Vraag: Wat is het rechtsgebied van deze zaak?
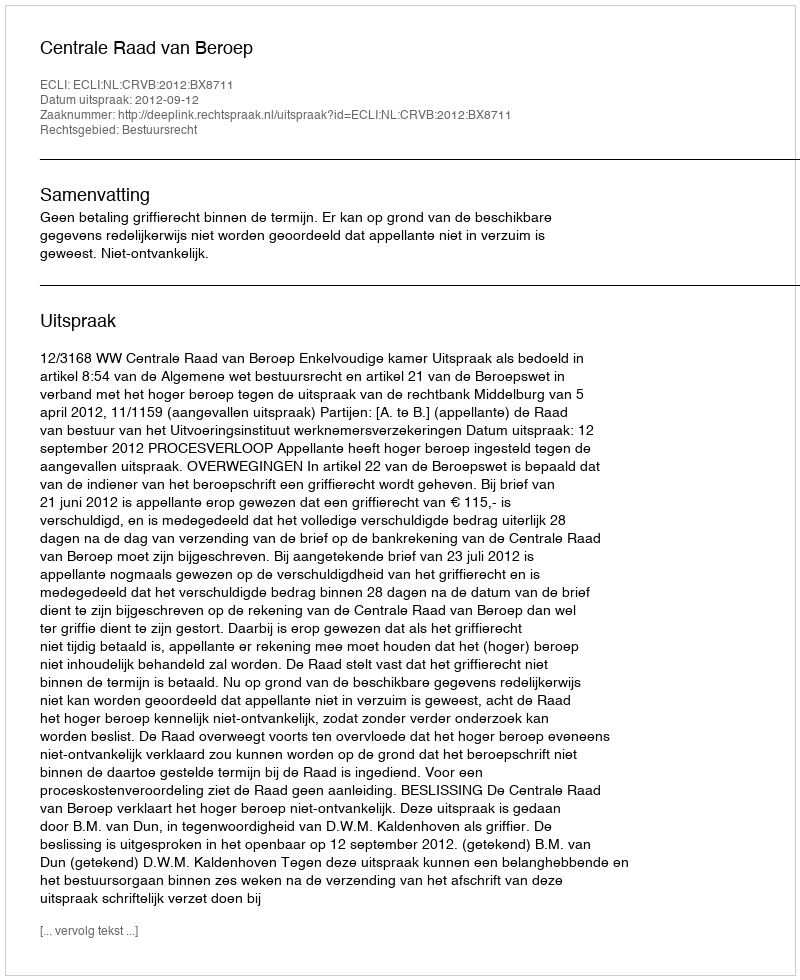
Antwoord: Bestuursrecht